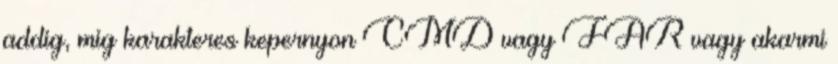
addig, mig karakteres kepernyon CMD vagy FAR vagy akarmi